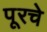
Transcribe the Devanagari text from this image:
पूरचे